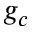
g _ { c }